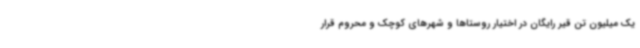
یک میلیون تن قیر رایگان در اختیار روستاها و شهرهای کوچک و محروم قرار